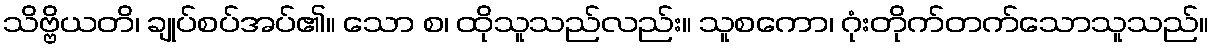
သိဗ္ဗိယတိ၊ ချုပ်စပ်အပ်၏။ သော စ၊ ထိုသူသည်လည်း။ သူစကော၊ ဂုံးတိုက်တက်သောသူသည်။